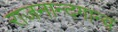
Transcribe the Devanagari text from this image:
राजनान्दगान्व